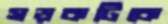
সড়কটিকে